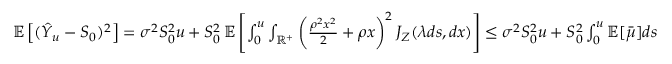
\begin{array} { r } { \mathbb { E } \left[ ( \hat { Y } _ { u } - S _ { 0 } ) ^ { 2 } \right] = \sigma ^ { 2 } S _ { 0 } ^ { 2 } u + S _ { 0 } ^ { 2 } \, \mathbb { E } \left[ \int _ { 0 } ^ { u } \int _ { \mathbb { R } ^ { + } } \left( \frac { \rho ^ { 2 } x ^ { 2 } } { 2 } + \rho x \right) ^ { 2 } J _ { Z } ( \lambda d s , d x ) \right] \leq \sigma ^ { 2 } S _ { 0 } ^ { 2 } u + S _ { 0 } ^ { 2 } \int _ { 0 } ^ { u } \mathbb { E } [ \bar { \mu } ] d s } \end{array}